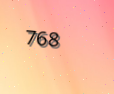
768